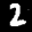
Label: 2